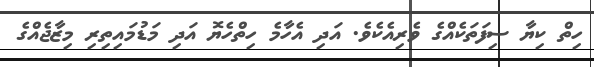
ހިތް ކިޔާ ސިފަތަކެއްގެ ވެރިއެކެވެ. އަދި އެހާމެ ހިތްހެޔޮ އަދި މަޑުމައިތިރި މިޒާޖެއްގެ